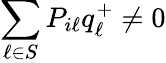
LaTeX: \sum_{\ell\in S}P_{i\ell}q_{\ell}^{+}\neq 0